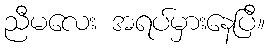
ညီမလေး အရပ်မှားနေပြီ။